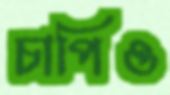
চাপিও